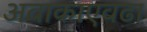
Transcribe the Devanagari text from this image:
अवाकाएवढा